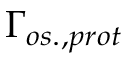
\Gamma _ { o s . , p r o t }